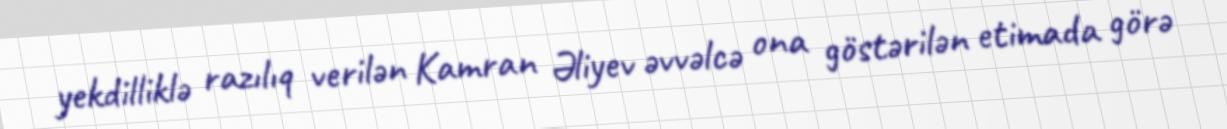
yekdilliklə razılıq verilən Kamran Əliyev əvvəlcə ona göstərilən etimada görə